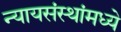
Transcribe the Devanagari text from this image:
न्यायसंस्थांमध्ये